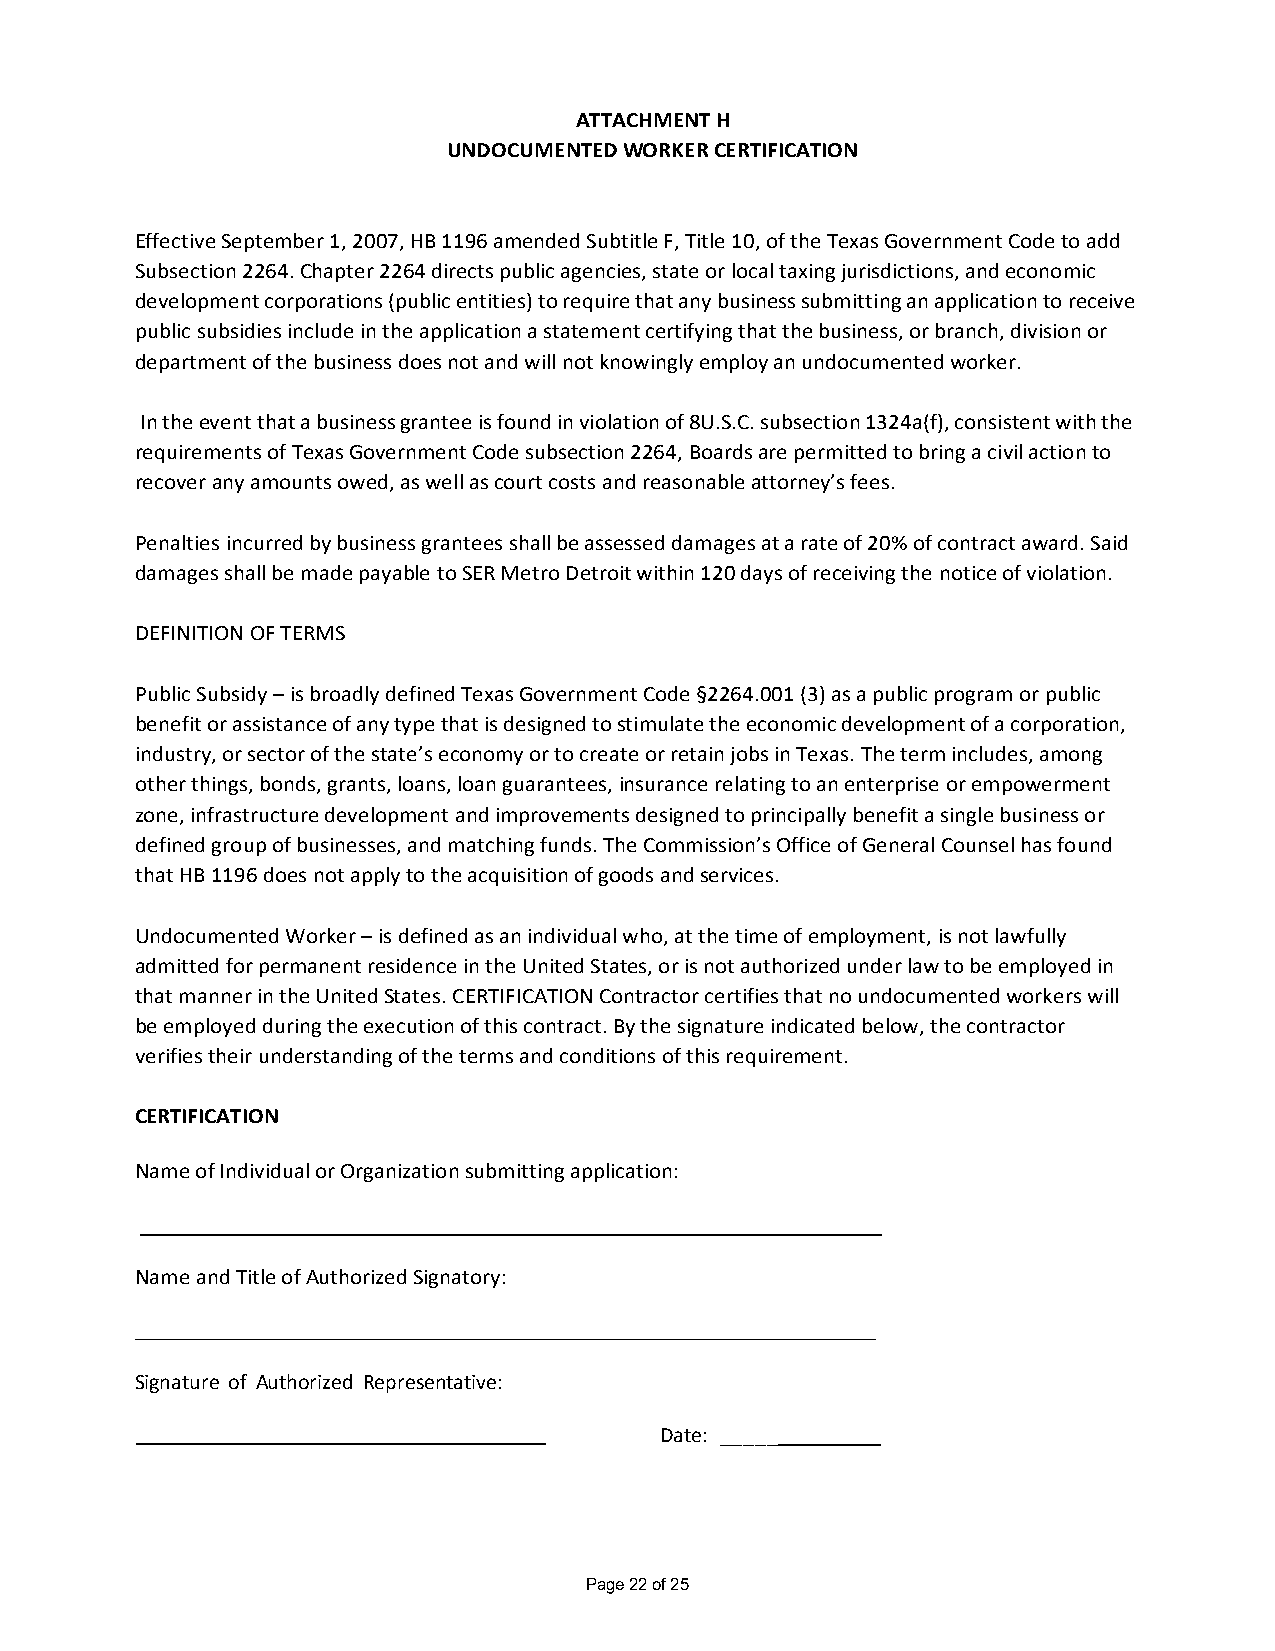
ATTACHMENT H
 UNDOCUMENTED WORKER CERTIFICATION
 Effective September 1, 2007, HB 1196 amended Subtitle F, Title 10, of the Texas Government Code to add
 Subsection 2264. Chapter 2264 directs public agencies, state or local taxing jurisdictions, and economic
 development corporations (public entities) to require that any business submitting an application to receive
 public subsidies include in the application a statement certifying that the business, or branch, division or
 department of the business does not and will not knowingly employ an undocumented worker.
 In the event that a business grantee is found in violation of 8U.S.C. subsection 1324a(f), consistent with the
 requirements of Texas Government Code subsection 2264, Boards are permitted to bring a civil action to
 recover any amounts owed, as well as court costs and reasonable attorney’s fees.
 Penalties incurred by business grantees shall be assessed damages at a rate of 20% of contract award. Said
 damages shall be made payable to SER Metro Detroit within 120 days of receiving the notice of violation.
 DEFINITION OF TERMS
 Public Subsidy – is broadly defined Texas Government Code §2264.001 (3) as a public program or public
 benefit or assistance of any type that is designed to stimulate the economic development of a corporation,
 industry, or sector of the state’s economy or to create or retain jobs in Texas. The term includes, among
 other things, bonds, grants, loans, loan guarantees, insurance relating to an enterprise or empowerment
 zone, infrastructure development and improvements designed to principally benefit a single business or
 defined group of businesses, and matching funds. The Commission’s Office of General Counsel has found
 that HB 1196 does not apply to the acquisition of goods and services.
 Undocumented Worker – is defined as an individual who, at the time of employment, is not lawfully
 admitted for permanent residence in the United States, or is not authorized under law to be employed in
 that manner in the United States. CERTIFICATION Contractor certifies that no undocumented workers will
 be employed during the execution of this contract. By the signature indicated below, the contractor
 verifies their understanding of the terms and conditions of this requirement.
 CERTIFICATION
 Name of Individual or Organization submitting application:
 Name and Title of Authorized Signatory:
 Signature of Authorized Representative:
 Date: _____
 Page 22 of 25